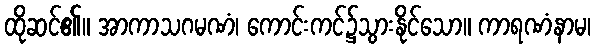
ထိုဆင်၏။ အာကာသဂမဏံ၊ ကောင်းကင်၌သွားနိုင်သော။ ကာရဏံနာမ၊